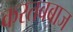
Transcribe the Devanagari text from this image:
करतबबाज